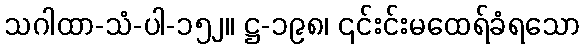
သဂါထာ-သံ-ပါ-၁၅၂။ ဋ္ဌ-၁၉၈၊ ၎င်းင်းမထေရ်ခံရသော